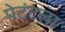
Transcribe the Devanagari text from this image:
पेटंटला